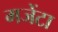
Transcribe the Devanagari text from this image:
मजेंटा